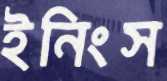
ইনিংস